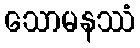
သောမနဿံ